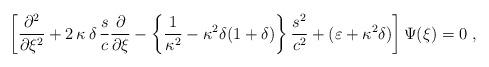
LaTeX: \begin{align*}\left[ \frac{\partial^2}{\partial\xi^2} +2\,\kappa\,\delta\,\frac{s}{c}\frac{\partial}{\partial\xi} -\left\{\frac{1}{\kappa^2} - \kappa^2\delta(1+\delta) \right\}\frac{s^2}{c^2} +( \varepsilon + \kappa^2\delta )\right]\Psi(\xi) = 0\;,\end{align*}